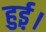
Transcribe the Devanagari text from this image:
हुई़़।